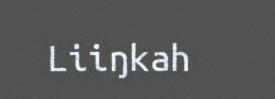
Liiŋkah